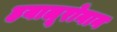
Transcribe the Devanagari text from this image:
हयालूरोनान